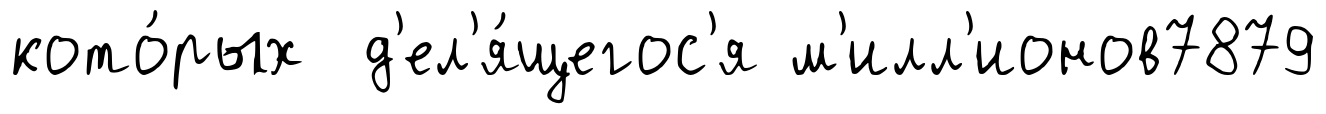
кото́рых д'ел'я́щегос'я м'илл'ионов7879